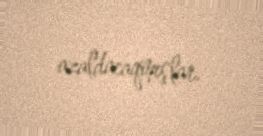
azaldacaqmışlar.